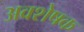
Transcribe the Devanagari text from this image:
अवशेषक